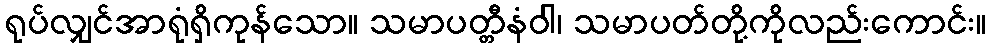
ရုပ်လျှင်အာရုံရှိကုန်သော။ သမာပတ္တီနံဝါ၊ သမာပတ်တို့ကိုလည်းကောင်း။